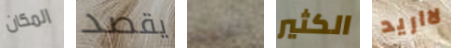
المكان يقصد الشارب الكثير لااريد